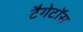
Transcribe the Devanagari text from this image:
टैगेटॉस